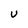
Character: u